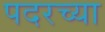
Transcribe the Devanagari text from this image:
पदरच्या